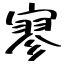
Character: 寥